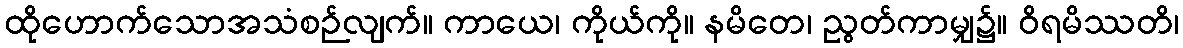
ထိုဟောက်သောအသံစဉ်လျက်။ ကာယေ၊ ကိုယ်ကို။ နမိတေ၊ ညွတ်ကာမျှ၌။ ဝိရမိဿတိ၊